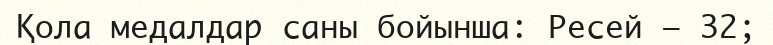
Қола медалдар саны бойынша: Ресей — 32;